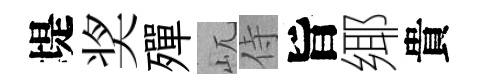
堤奖殫屼侍旨鄊貴